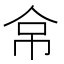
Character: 𰁻